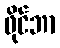
ဖိုင်ဘာ